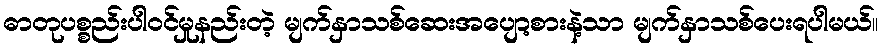
ဓာတုပစ္စည်းပါဝင်မှုနည်းတဲ့ မျက်နှာသစ်ဆေးအပျော့စားနဲ့သာ မျက်နှာသစ်ပေးရပါမယ်။